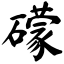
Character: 礞